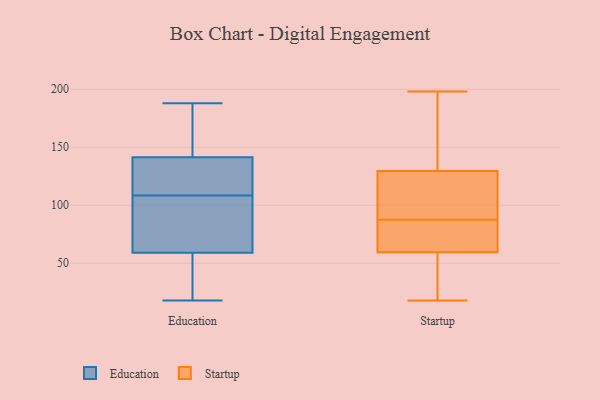
{"axis": {"x": "Demand Index", "y": "Value"}, "legend": ["Education", "Startup"], "data": [{"x": "", "y": 81, "type": "Education"}, {"x": "", "y": 118, "type": "Education"}, {"x": "", "y": 102, "type": "Education"}, {"x": "", "y": 105, "type": "Education"}, {"x": "", "y": 144, "type": "Education"}, {"x": "", "y": 66, "type": "Education"}, {"x": "", "y": 139, "type": "Education"}, {"x": "", "y": 112, "type": "Education"}, {"x": "", "y": 18, "type": "Education"}, {"x": "", "y": 188, "type": "Education"}, {"x": "", "y": 123, "type": "Education"}, {"x": "", "y": 178, "type": "Education"}, {"x": "", "y": 26, "type": "Education"}, {"x": "", "y": 52, "type": "Education"}, {"x": "", "y": 188, "type": "Education"}, {"x": "", "y": 35, "type": "Education"}, {"x": "", "y": 53, "type": "Startup"}, {"x": "", "y": 85, "type": "Startup"}, {"x": "", "y": 31, "type": "Startup"}, {"x": "", "y": 79, "type": "Startup"}, {"x": "", "y": 198, "type": "Startup"}, {"x": "", "y": 103, "type": "Startup"}, {"x": "", "y": 95, "type": "Startup"}, {"x": "", "y": 144, "type": "Startup"}, {"x": "", "y": 115, "type": "Startup"}, {"x": "", "y": 161, "type": "Startup"}, {"x": "", "y": 87, "type": "Startup"}, {"x": "", "y": 192, "type": "Startup"}, {"x": "", "y": 181, "type": "Startup"}, {"x": "", "y": 66, "type": "Startup"}, {"x": "", "y": 67, "type": "Startup"}, {"x": "", "y": 53, "type": "Startup"}, {"x": "", "y": 43, "type": "Startup"}, {"x": "", "y": 93, "type": "Startup"}, {"x": "", "y": 18, "type": "Startup"}, {"x": "", "y": 88, "type": "Startup"}]}